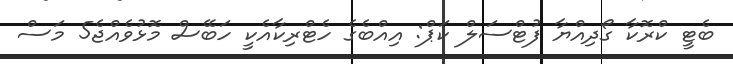
ބެޓީ ކްރޮކާ ގޯދިއްޔާ ފުޓްސަލް ކަޕް: އިއްބެގެ ހެޓްރިކާއެކީ ހަބޭސް މޮޅުވެއްޖެ5 މަސް